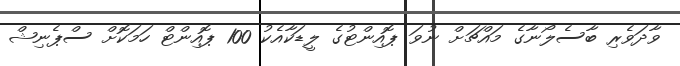
ވާދަވެރި ބާސެލޯނާގެ މައްޗަށް ނުވަ ޕޮއިންޓުގެ ލީޑަކާއެކު 100 ޕޮއިންޓް ހަމަކޮށް ސްޕެނިޝް